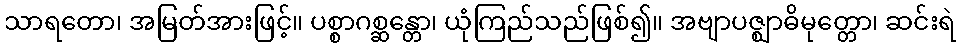
သာရတော၊ အမြတ်အားဖြင့်။ ပစ္စာဂစ္ဆန္တော၊ ယုံကြည်သည်ဖြစ်၍။ အဗျာပဇ္ဈာဓိမုတ္တော၊ ဆင်းရဲ